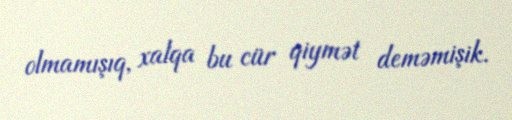
olmamışıq, xalqa bu cür qiymət deməmişik.